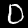
Digit: 0